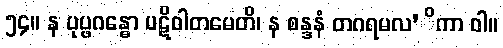
၅၄။ န ပုပ္ဖဂန္ဓော ပဋိဝါတမေတိ၊ န စန္ဒနံ တဂရမလ’ိကာ ဝါ။